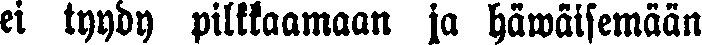
ei tyydy pilkkaamaan ja häwäisemään